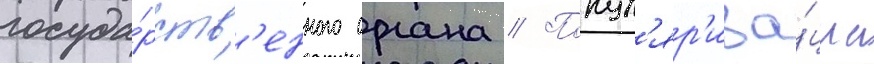
госуда́рств'енного органа // Попул'яр'иза́циа